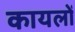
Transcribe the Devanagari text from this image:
कायलों